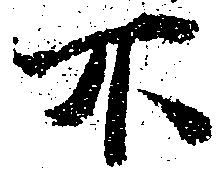
不